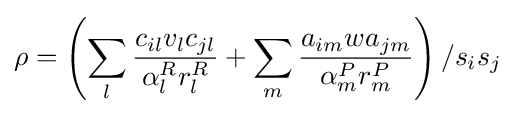
\rho =\left(\sum _{l}{\frac {c_{il}v_{l}c_{jl}}{\alpha _{l}^{R}r_{l}^{R}}}+\sum _{m}{\frac {a_{im}wa_{jm}}{\alpha _{m}^{P}r_{m}^{P}}}\right)/s_{i}s_{j}